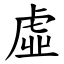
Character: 虛